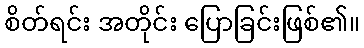
စိတ်ရင်း အတိုင်း ပြောခြင်းဖြစ်၏။